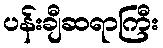
ပန်းချီဆရာကြီး